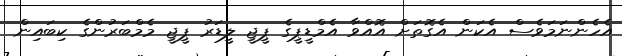
އެހެންނަމަވެސް އެކަން އެގޮތަށް އޮއްވާ އެމްޑީޕީގެ ޕީޖީ ލީޑަރު ޕީޖީ މެމްބަރުންގެ ކިބައިން